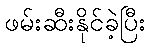
ဖမ်းဆီးနိုင်ခဲ့ပြီး